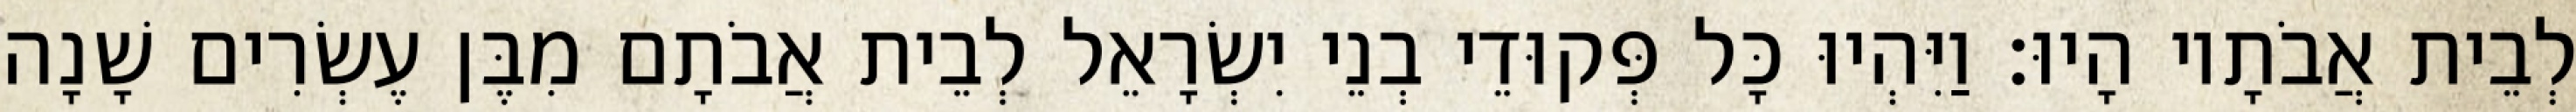
לְבֵית אֲבֹתָיו הָיוּ׃ וַיִּהְיוּ כָּל פְּקוּדֵי בְנֵי יִשְׂרָאֵל לְבֵית אֲבֹתָם מִבֶּן עֶשְׂרִים שָׁנָה